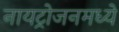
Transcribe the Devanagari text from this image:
नायट्रोजनमध्ये